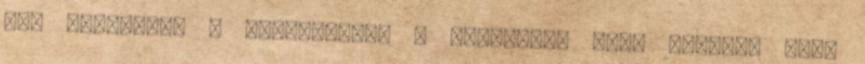
nem mosakodik a vendégsereg a pataknál, vagy kútnál, mert